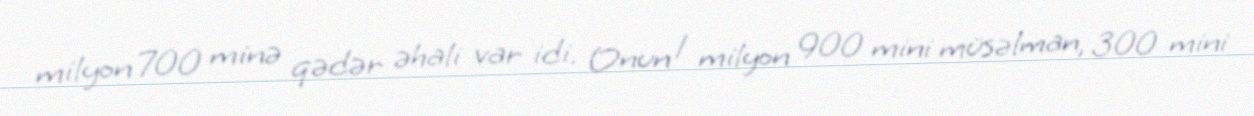
milyon 700 minə qədər əhali var idi. Onun 1 milyon 900 mini müsəlman, 300 mini